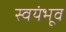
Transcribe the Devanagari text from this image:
स्वयंभूव